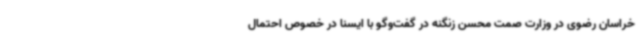
خراسان رضوی در وزارت صمت محسن زنگنه در گفت‌وگو با ایسنا در خصوص احتمال